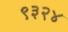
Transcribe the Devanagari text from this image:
९३२४